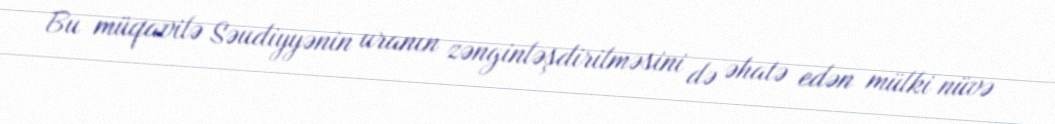
Bu müqavilə Səudiyyənin uranın zənginləşdirilməsini də əhatə edən mülki nüvə